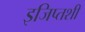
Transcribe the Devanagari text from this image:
इजिप्तशी